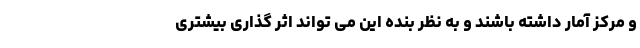
و مرکز آمار داشته باشند و به نظر بنده این می تواند اثر گذاری بیشتری